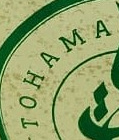
TOHAMA